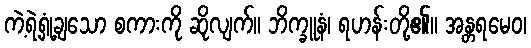
ကဲ့ရဲ့ရှုံ့ချသော စကားကို ဆိုလျက်။ ဘိက္ခူနံ၊ ရဟန်းတို့၏။ အန္တရမေဝ၊